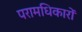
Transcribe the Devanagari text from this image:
परामधिकारों